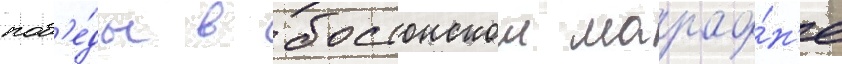
поб'е́ды в бостонском марафо́н'е